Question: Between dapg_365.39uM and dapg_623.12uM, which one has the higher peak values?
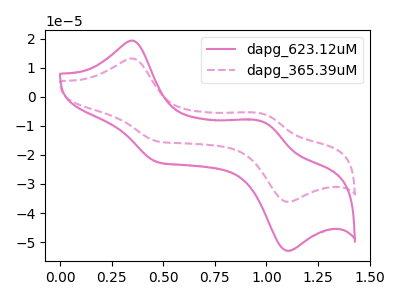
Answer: <think>The pink curve "dapg_623.12uM" has anodic peaks at (0.35V, 19.35uA) (1.00V, -8.80uA) and cathodic peaks at (0.45V, -22.45uA) (1.10V, -53.00uA). The pink dashed curve "dapg_365.39uM" has anodic peaks at (0.35V, 13.20uA) (1.00V, -6.00uA) and cathodic peaks at (0.45V, -15.30uA) (1.10V, -36.15uA).</think>
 <answer>The peaks in "dapg_365.39uM" are neither all higher or all lower than the peaks in "dapg_623.12uM".</answer>
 <eval>mixed</eval>